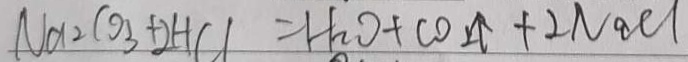
N a _ { 2 } C O _ { 3 } + 2 H C l = H _ { 2 } O + C O _ { 2 } \uparrow + 2 N a C l